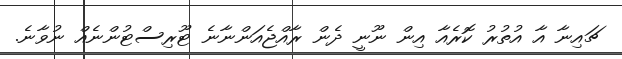
ޗައިނާ އާ އުތުރު ކޮރެއާ އިން ނޫނީ ދެން ރާއްޖެއަންނާނެ ޓޫރިސްޓުންނެއް ނުވާނެ.